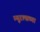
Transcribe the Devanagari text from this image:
म्यूरल्सच्या